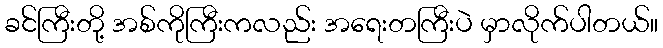
ခင်ကြီးတို့ အစ်ကိုကြီးကလည်း အရေးတကြီးပဲ မှာလိုက်ပါတယ်။